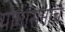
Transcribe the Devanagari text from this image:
योगासनाचे